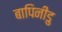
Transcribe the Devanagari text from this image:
बापिनीडु